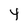
Character: 4